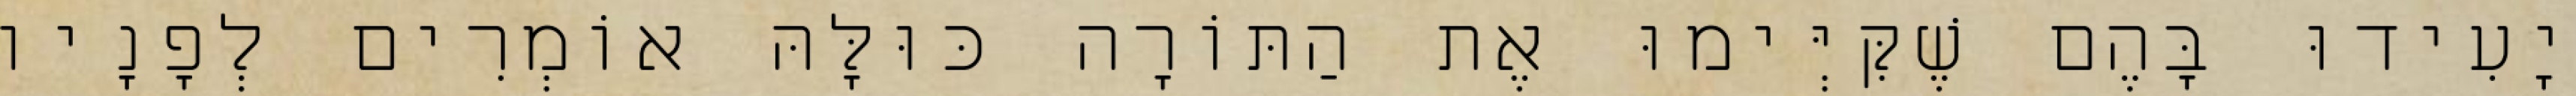
יָעִידוּ בָּהֶם שֶׁקִּיְּימוּ אֶת הַתּוֹרָה כּוּלָּהּ אוֹמְרִים לְפָנָיו